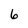
Character: 6